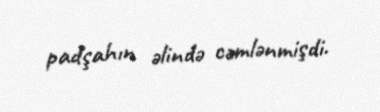
padşahın əlində cəmlənmişdi.